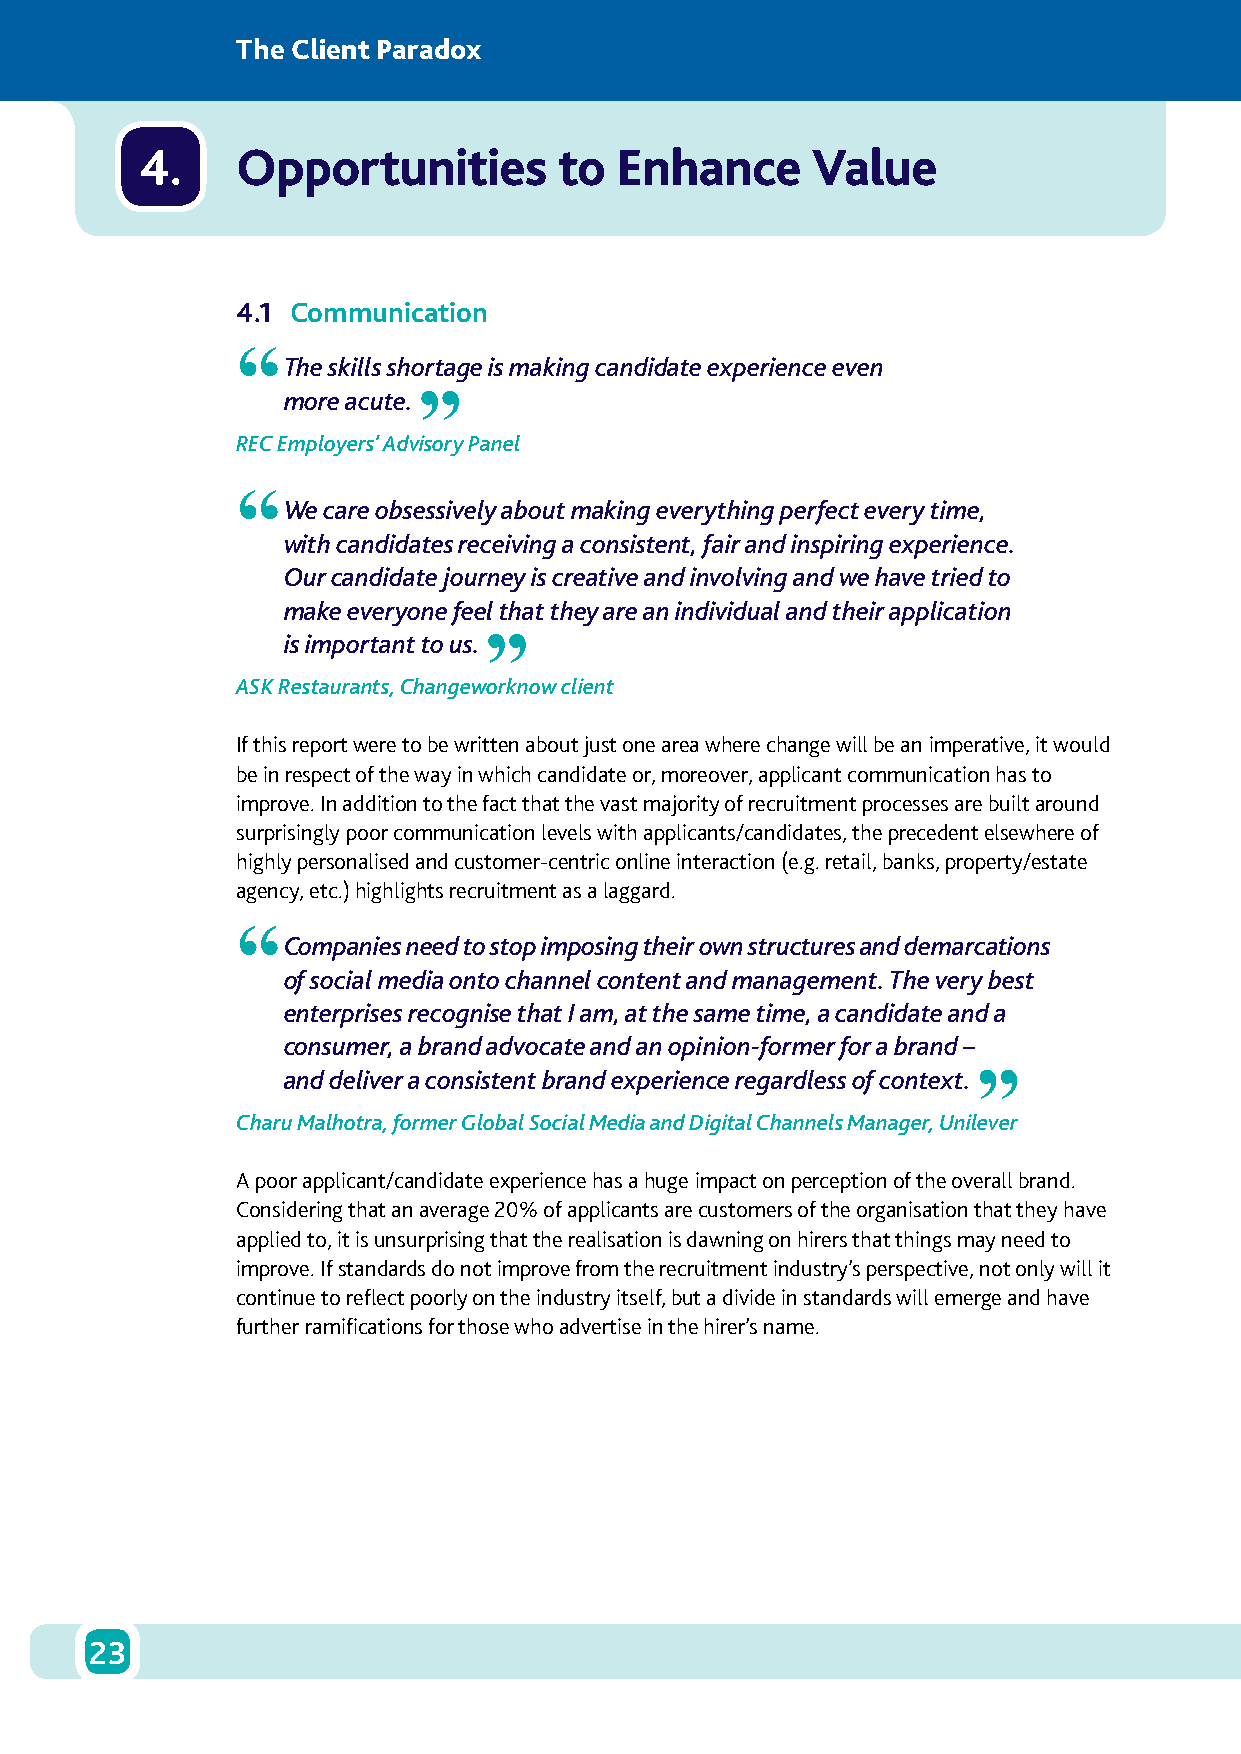
The Client Paradox
 4.     Opportunities        to  Enhance      Value
 4.1 Communication
 “
 The skills shortage is making candidate experience even
 more acute. ”
 REC Employers’ Advisory Panel
 “
 We care obsessively about making everything perfect every time,
 with candidates receiving a consistent, fair and inspiring experience.
 Our candidate journey is creative and involving and we have tried to
 make everyone feel that they are an individual and their application
 is important to us. ”
 ASK Restaurants, Changeworknow client
 If this report were to be written about just one area where change will be an imperative, it would
 be in respect of the way in which candidate or, moreover, applicant communication has to
 improve. In addition to the fact that the vast majority of recruitment processes are built around
 surprisingly poor communication levels with applicants/candidates, the precedent elsewhere of
 highly personalised and customer-centric online interaction (e.g. retail, banks, property/estate
 agency, etc.) highlights recruitment as a laggard.
 “
 Companies need to stop imposing their own structures and demarcations
 of social media onto channel content and management. The very best
 enterprises recognise that I am, at the same time, a candidate and a
 consumer, a brand advocate and an opinion-former for a brand –
 and deliver a consistent brand experience regardless of context. ”
 Charu Malhotra, former Global Social Media and Digital Channels Manager, Unilever
 A poor applicant/candidate experience has a huge impact on perception of the overall brand.
 Considering that an average 20% of applicants are customers of the organisation that they have
 applied to, it is unsurprising that the realisation is dawning on hirers that things may need to
 improve. If standards do not improve from the recruitment industry’s perspective, not only will it
 continue to reflect poorly on the industry itself, but a divide in standards will emerge and have
 further ramifications for those who advertise in the hirer’s name.
 23